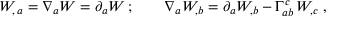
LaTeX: { \cal W } _ { , \, a } = \nabla _ { a } { \cal W } = \partial _ { a } { \cal W } \, ; \qquad \nabla _ { a } { \cal W } _ { , b } = \partial _ { a } { \cal W } _ { , b } - \Gamma _ { a b } ^ { c } \, { \cal W } _ { , c } \; ,